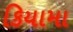
કિયામા